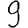
Digit: 9